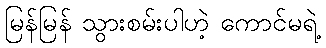
မြန်မြန် သွားစမ်းပါဟဲ့ ကောင်မရဲ့